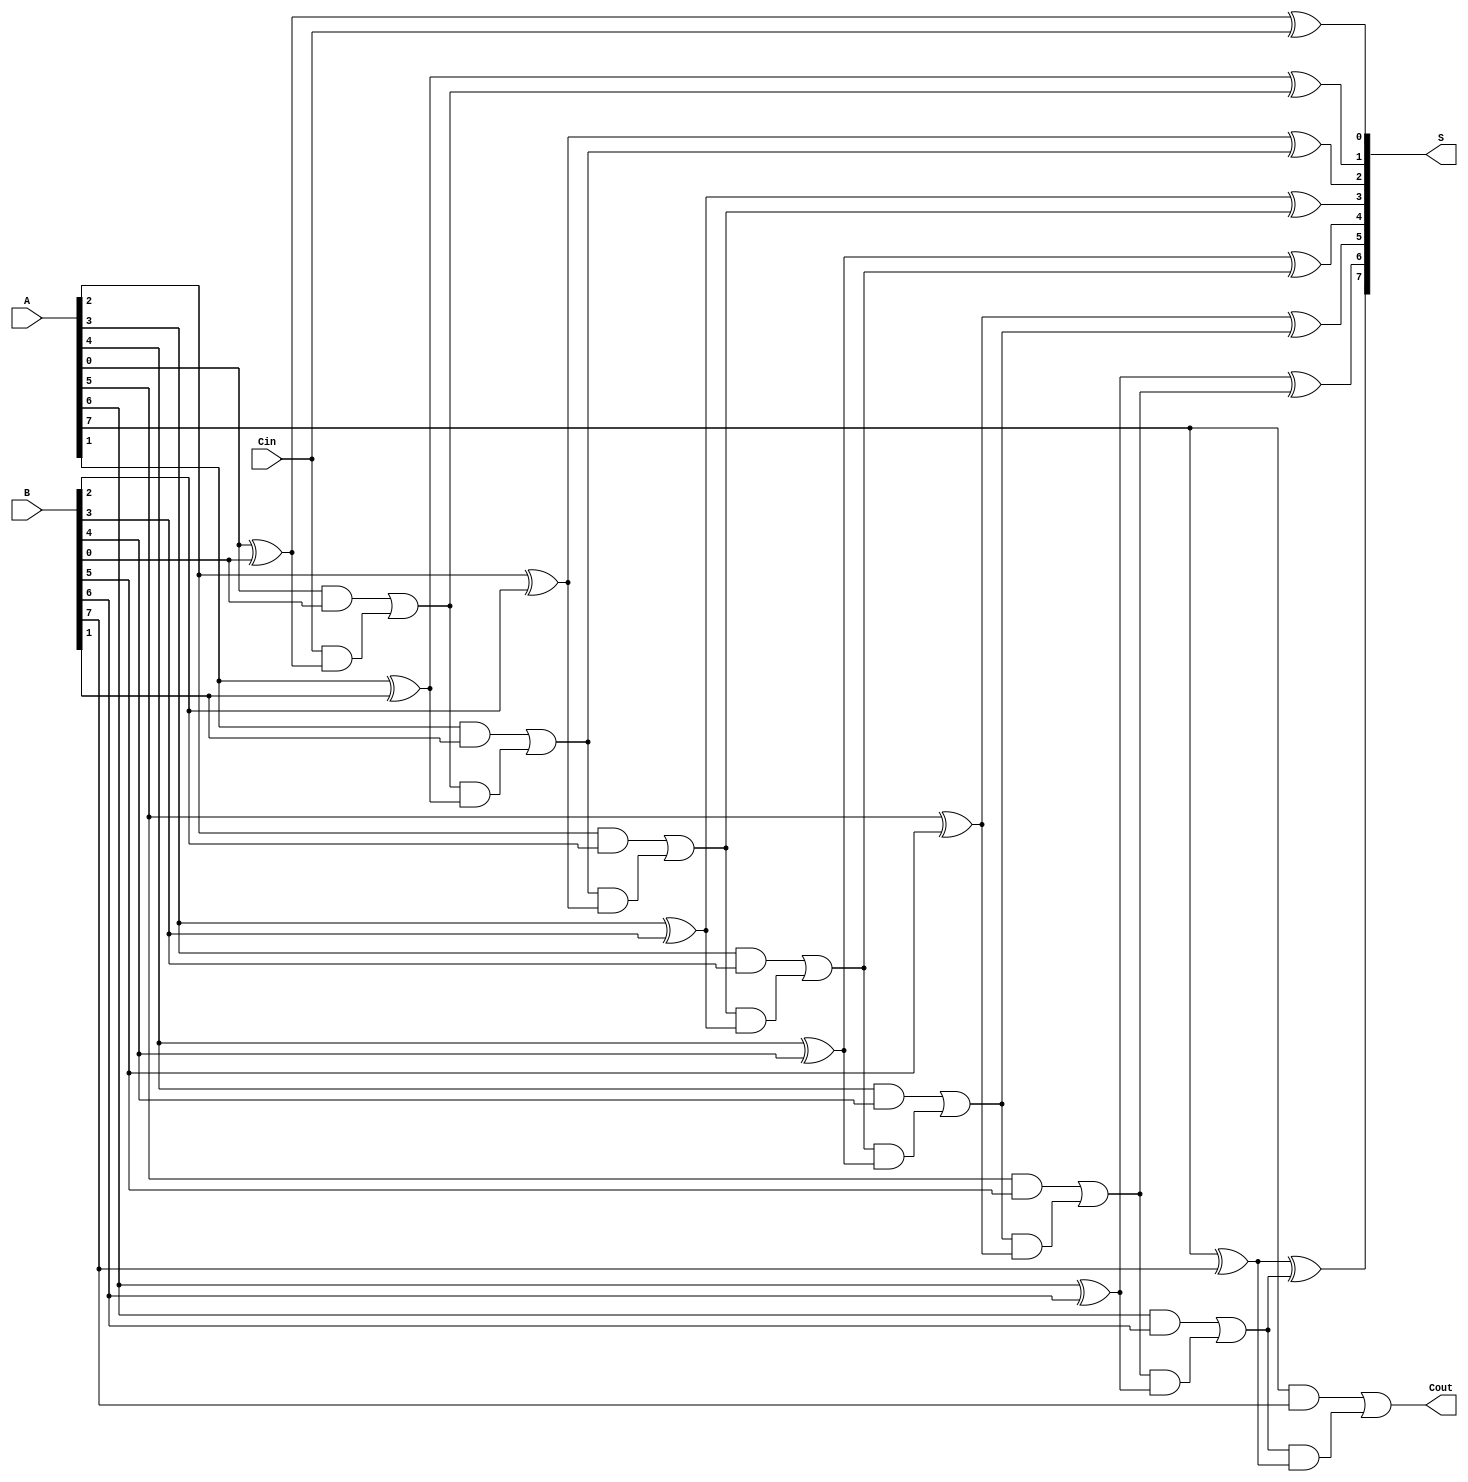
module manchester_carry_chain_adder #(parameter WIDTH = 8) (
    input [WIDTH-1:0] A,      // First binary number
    input [WIDTH-1:0] B,      // Second binary number
    input Cin,                // Carry-in
    output [WIDTH-1:0] S,     // Sum output
    output Cout               // Carry-out
);

    wire [WIDTH:0] carry;     // Carry signals for each stage

    assign carry[0] = Cin;     // Initialize carry-in for the first stage

    genvar i;
    generate
        for (i = 0; i < WIDTH; i = i + 1) begin : adder_stage
            // Calculate the sum for the current bit
            assign S[i] = A[i] ^ B[i] ^ carry[i];

            // Generate carry-out for the current bit
            assign carry[i + 1] = (A[i] & B[i]) | (carry[i] & (A[i] ^ B[i]));
        end
    endgenerate

    assign Cout = carry[WIDTH]; // Final carry-out

endmodule